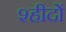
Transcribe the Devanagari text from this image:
श्हीदों